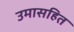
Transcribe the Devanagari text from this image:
उमासहित